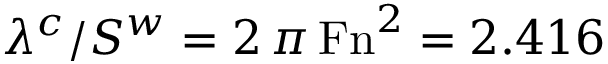
\lambda ^ { c } / S ^ { w } = 2 \, \pi \, \mathrm { F n } ^ { 2 } = 2 . 4 1 6